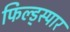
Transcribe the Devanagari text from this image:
फिल्ड्स्पार